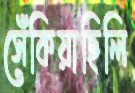
সেঁকিয়াছিলি